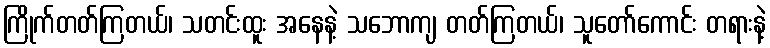
ကြိုက်တတ်ကြတယ်၊ သတင်းထူး အနေနဲ့ သဘောကျ တတ်ကြတယ်၊ သူတော်ကောင်း တရားနဲ့